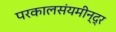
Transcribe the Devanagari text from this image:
परकालसंयमीन्द्र